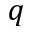
q